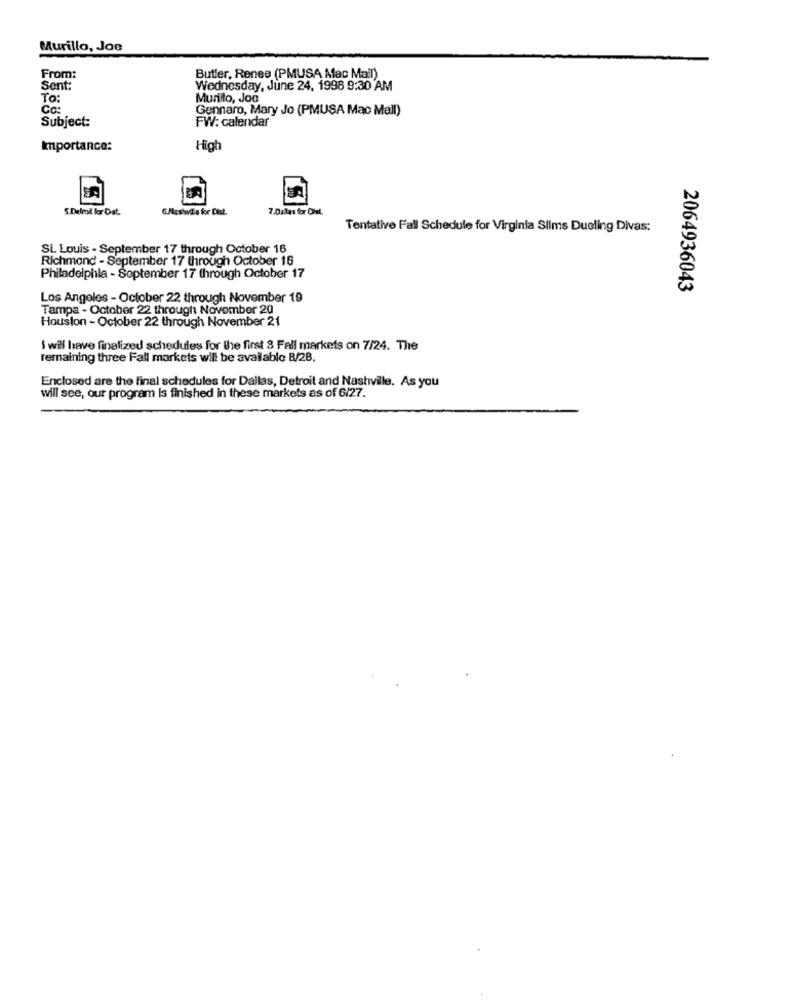
Murillo, Joe
From:
Butler, Renee (PMUSA Mac Mail)
Sent:
Wednesday, June 24, 1998 9:30 AM
To:
Murillo, Joo
Cc:
Gennaro, Mary Jo (PMUSA Mac Mall)
Subject:
FW: calendar
Importance:
High
S.Delrok for Dat.
7.Dallas for Chil.
Tentative Fall Schedule for Virginia Slims Dueling Divas:
St. Louis - September 17 through October 16
Richmond - September 17 through October 16
Philadelphia - September 17 through October 17
2064936043
Los Angeles - October 22 through November 19
Tampa - October 22 through November 20
Houston - October 22 through November 21
I will have finalized schedules for the first 3 Fall markets on 7/24. The
remaining three Fall markets will be available 8/28.
Enclosed are the final schedules for Dallas, Detroit and Nashville. As you
will see, our program Is finished in these markets as of 6/27.